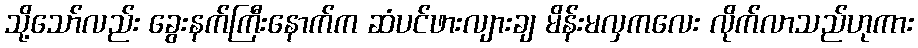
သို့သော်လည်း ခွေးနက်ကြီးနောက်က ဆံပင်ဖားလျားချ မိန်းမလှကလေး လိုက်လာသည်ဟုကား